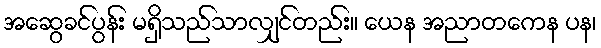
အဆွေခင်ပွန်း မရှိသည်သာလျှင်တည်း။ ယေန အညာတကေန ပန၊